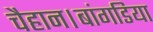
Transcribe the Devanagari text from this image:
चैहान।बांगडिया